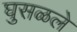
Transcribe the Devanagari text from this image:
घुसळले